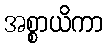
အစ္စာယိကာ